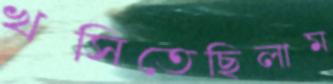
খসিতেছিলাম